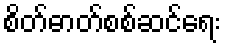
စိတ်ဓာတ်စစ်ဆင်ရေး